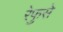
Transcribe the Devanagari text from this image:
रेफुसे